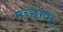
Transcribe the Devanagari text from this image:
मच्छावा